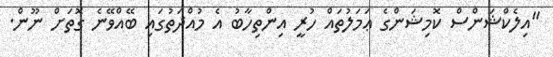
"އިލެކްޝަންސް ކޮމިޝަންގެ ޢަމަލުތައް ހުރީ އިންތިހާބު އެ މުއްދަތުގައި ބޭއްވޭނެ ގޮތަށް ނޫން.